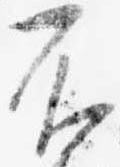
不